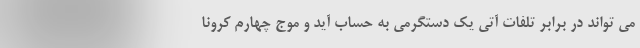
می تواند در برابر تلفات آتی یک دستگرمی به حساب آید و موج چهارم کرونا